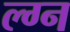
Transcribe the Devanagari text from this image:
ल्ग्न